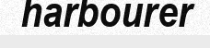
harbourer